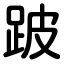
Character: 跛